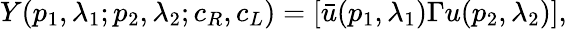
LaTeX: Y(p_{1},\lambda_{1};p_{2},\lambda_{2};c_{R},c_{L})=[\bar{u}(p_{1},\lambda_{1})\Gamma u(p_{2},\lambda_{2})],